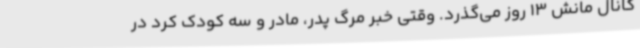
کانال مانش 13 روز می‌گذرد. وقتی خبر مرگ پدر، مادر و سه کودک کرد در